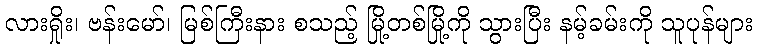
လားရှိုး၊ ဗန်းမော်၊ မြစ်ကြီးနား စသည့် မြို့တစ်မြို့ကို သွားပြီး နမ့်ခမ်းကို သူပုန်များ